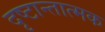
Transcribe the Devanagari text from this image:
दृष्टान्तात्मक